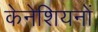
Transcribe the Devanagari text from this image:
केनेशियनों